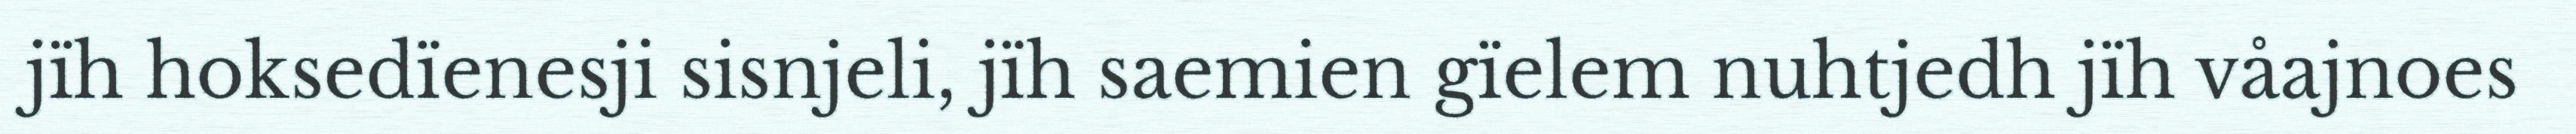
jïh hoksedïenesji sisnjeli, jïh saemien gïelem nuhtjedh jïh våajnoes